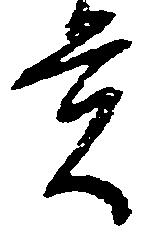
貢